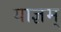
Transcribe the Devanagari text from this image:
याज्ञम्